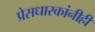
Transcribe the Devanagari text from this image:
प्रेसधारकांनीही